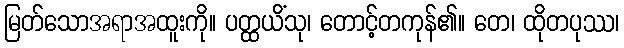
မြတ်သောအရာအထူးကို။ ပတ္ထယိံသု၊ တောင့်တကုန်၏။ တေ၊ ထိုတပုဿ၊